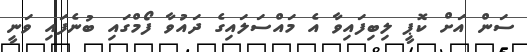
ސަން އަށް ކޮޕީ ލިބިފައިވާ އެ މައްސަލައިގެ ދައުވާ ފޯމްގައި ބުނެފައި ވަނީ